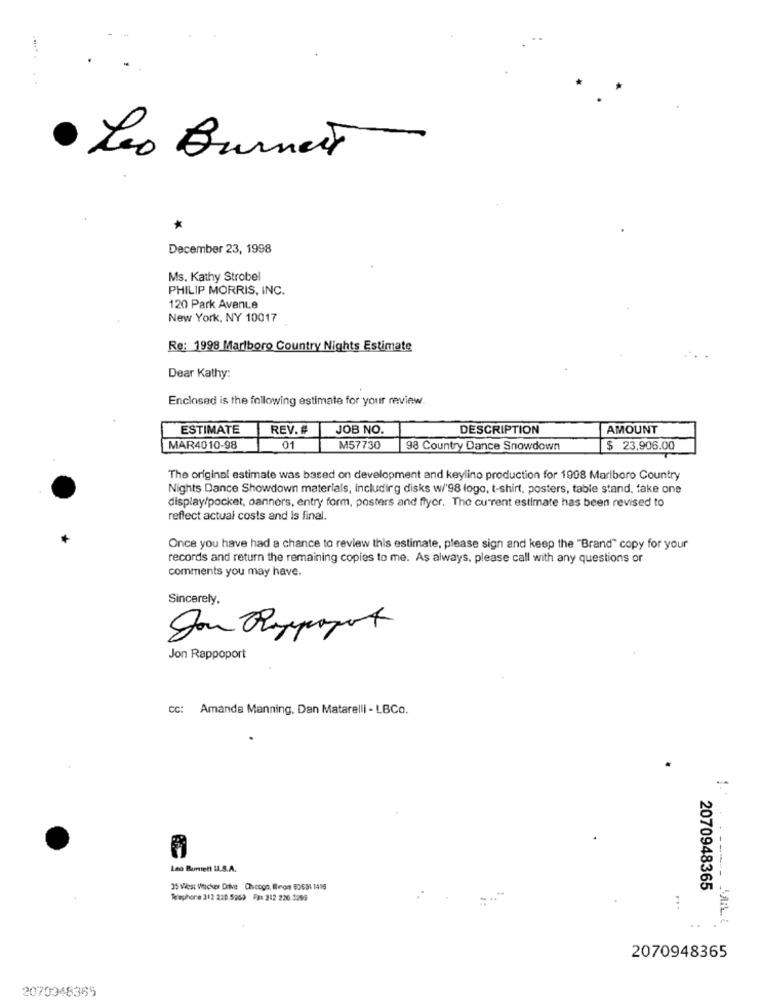
Leo Burnett
*
December 23, 1998
Ms. Kathy Strobel
PHILIP MORRIS, INC.
120 Park Avenue
New York, NY 10017
Re: 1998 Marlboro Country Nights Estimate
Dear Kathy:
Enclosed is the following estimate for your review.
ESTIMATE
REV. #
JOB NO.
DESCRIPTION
AMOUNT
MAR4010-98
01
M57730
98 Country Dance Snowdown
$ 23,906.00
The original estimate was based on development and keylino production for 1908 Marlboro Country
Nights Dance Showdown materials, including disks w/'98 logo, t-shirt, posters, table stand, fake one
display/pocket, oanners, entry form, posters and flyer. The current estimate has been revised to
reflect actual costs and is final.
Once you have had a chance to review this estimate, please sign and keep the "Brand" copy for your
records and return the remaining copies to me. As always, please call with any questions or
comments you may have.
Sincerely.
Jou hippopot
Jon Rappoport
cc: Amanda Manning, Dan Matarelli - LBCo.
Leo Buriell LL.S.A.
----
35 West Wucher Diive Chcogo, Bron 63631 1416
2070948365
Telephone 312 220 5769 F 212 220 3269
VAL
2070948365
2070948365